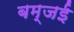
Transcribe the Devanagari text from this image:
बम्जई